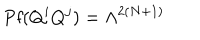
LaTeX: \mathrm { P f } ( Q ^ { i } Q ^ { j } ) = \Lambda ^ { 2 ( N + 1 ) }